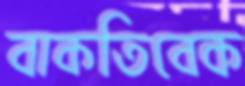
বাকতিবেক